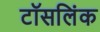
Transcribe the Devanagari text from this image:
टॉसलिंक